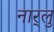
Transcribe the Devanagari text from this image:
नार्‍लु